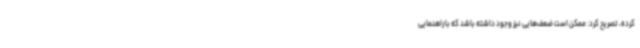
کرده، تصریح کرد: ممکن است ضعف‌هایی نیز وجود داشته باشد که با راهنمایی